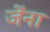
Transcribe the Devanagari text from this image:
जेंना